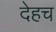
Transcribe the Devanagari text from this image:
देहच